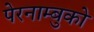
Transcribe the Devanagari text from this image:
पेरनाम्बुको